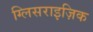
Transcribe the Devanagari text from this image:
ग्लिसराइज़िक